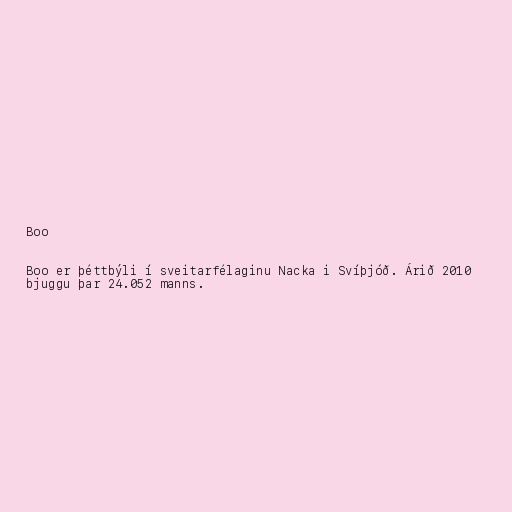
Boo

Boo er þéttbýli í sveitarfélaginu Nacka i Svíþjóð. Árið 2010
bjuggu þar 24.052 manns.